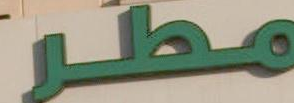
مطر